Scottish Leaving Certificate Examination, 1959
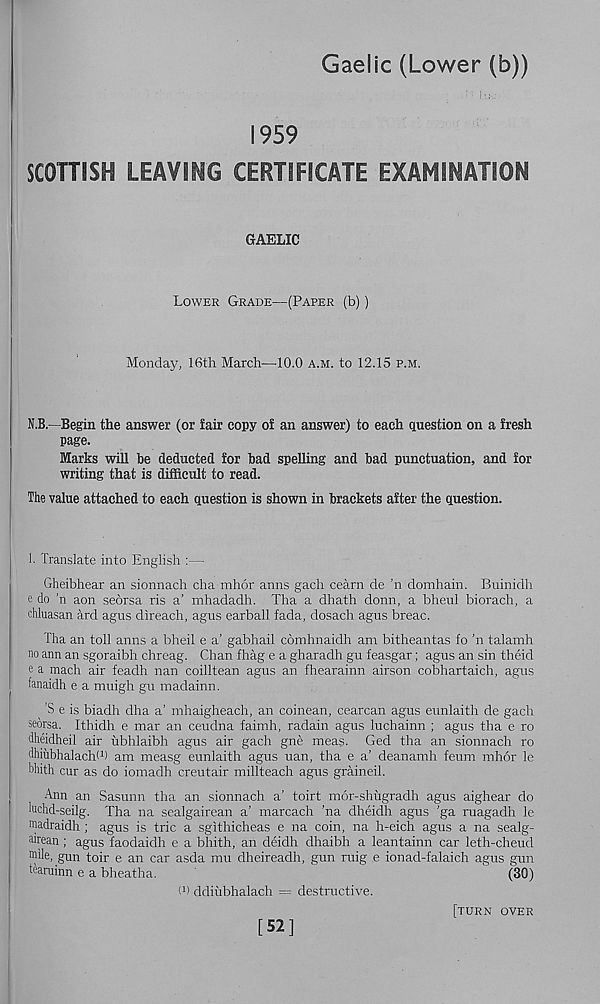
Gaelic (Lower (b))
1959
SCOTTISH LEAVIHG CERTIFICATE EXAMINATION
GAELIC
Lower Grade—(Paper (b))
Monday, 16th March—10.0 a.m. to 12.15 p.m.
N.B.—Begin the answer (or fair copy of an answer) to each question on a fresh
page.
Marks will be deducted for bad spelling and bad punctuation, and for
writing that is difficult to read.
The value attached to each question is shown in brackets after the question.
1. Translate into English :—
Gheibhear an sionnach cha mhor anns gach cearn de ’n domhain. Buinidh
e do 'n aon sebrsa ris a’ mhadadh. Tha a dhath donn, a bheul biorach, a
chluasan arc! agns direach, agus earball fada, dosach agus breac.
Tha an toll anns a bheil e a’ gabhail comhnaidh am bitheantas fo ’n talamh
no ann an sgoraibh chreag. Chan fhag e a gharadh gu feasgar; agus an sin theid
e a mach air feadh nan coilltean agus an fhearainn airson cobhartaich, agus
fanaidh e a muigh gu madainn.
’S e is biadh dha a’ mhaigheach, an coinean, cearcan agus eunlaith de gach
seorsa. Ithidh e mar an ceudna faimh, radain agus luchainn ; agus tha e ro
dheidheil air ubhlaibh agus air gach gne meas. Ged tha an sionnach ro
dhiubhalacht 1 ) am measg eunlaith agus uan, tha e a’ deanamh feum mhor le
bhith cur as do iomadh creutair millteach agus graineil.
Ann an Sasunn tha an sionnach a’ toirt mor-shugradh agus aighear do
luchd-seilg. Tha na sealgairean a’ marcach ’na dheidh agus ’ga ruagadh le
madraidh ; agus is trie a sgithicheas e na coin, na h-eich agus a na sealg-
grean; agus faodaidh e a bhith, an deidh dhaibh a leantainn car leth-cheud
mile, gun toir e an car asda mu dheireadh, gun ruig e ionad-falaich agus gun
tearuinn e a bheatha.
(30)
I 1 ) ddiubhalach = destructive.
[52]
[turn over